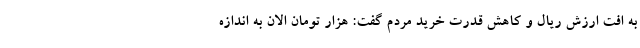
به اُفت ارزش ریال و کاهش قدرت خرید مردم گفت: هزار تومان الان به اندازه